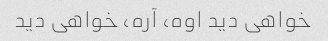
خواهی دید اوه، آره، خواهی دید